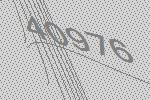
40976